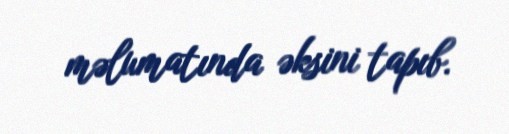
məlumatında əksini tapıb.